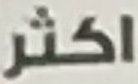
اكثر